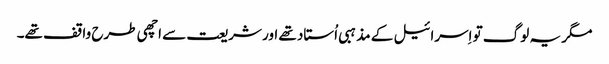
‏ مگر یہ لوگ تو اِسرائیل کے مذہبی اُستاد تھے اور شریعت سے اچھی طرح واقف تھے۔